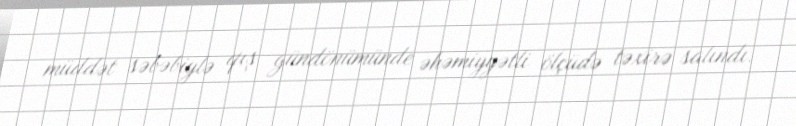
müddət səbəbiylə qış gündönümünde əhəmiyyətli ölçüdə təxirə salındı.